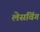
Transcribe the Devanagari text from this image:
लेसविंग